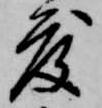
度